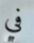
في